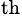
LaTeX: ^\mathrm{th}